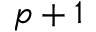
p + 1